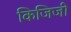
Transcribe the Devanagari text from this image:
किजिजी